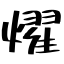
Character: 燿